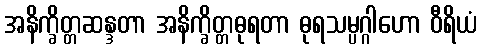
အနိက္ခိတ္တဆန္ဒတာ အနိက္ခိတ္တဓုရတာ ဓုရသမ္ပဂ္ဂါဟော ဝီရိယံ